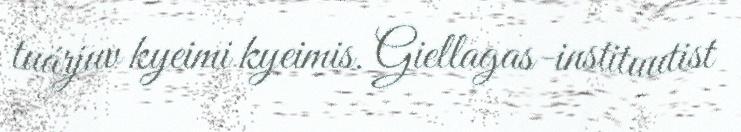
tuárjuv kyeimi kyeimis. Giellagas-instituutist